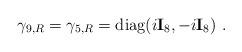
LaTeX: \begin{align*}\gamma_{9,R}=\gamma_{5,R}={\mbox{diag}}(i{\bf I}_8 , -i{\bf I}_8)~.\end{align*}